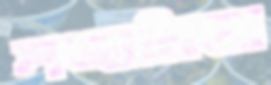
শঙ্ঘমিত্রা